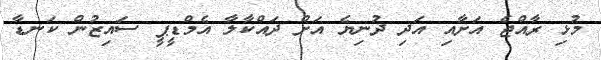
މުޅި ރާއްޖެ އަށާއި އަދި ދުނިޔެ އަށް ދައްކާލާ އެމްޑީޕީ ސައިޒުން ކަނޑާ